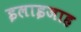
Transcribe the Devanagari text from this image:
इलाइजाह